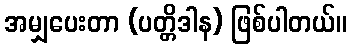
အမျှပေးတာ (ပတ္တိဒါန) ဖြစ်ပါတယ်။